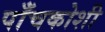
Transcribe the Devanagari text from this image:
पाँचकोशी